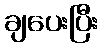
ချပေးပြီး